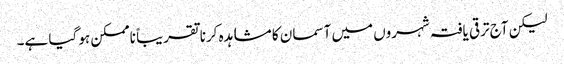
لیکن آج ترقی یافتہ شہروں میں آسمان کا مشاہدہ کرنا تقریباً ناممکن ہو گیا ہے۔